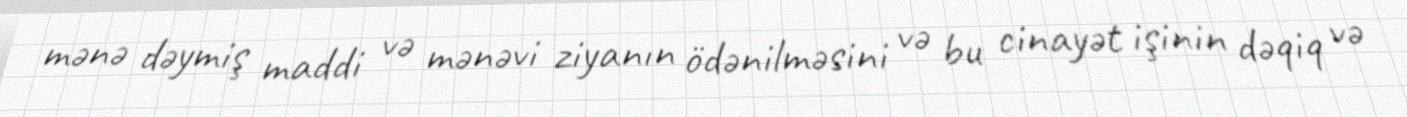
mənə dəymiş maddi və mənəvi ziyanın ödənilməsini və bu cinayət işinin dəqiq və